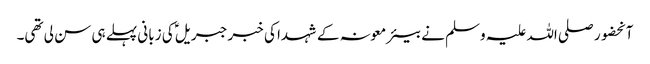
آنحضور صلی اللہ علیہ وسلم نے بیئر معونہ کے شہدا کی خبر جبریلؑ کی زبانی پہلے ہی سن لی تھی۔